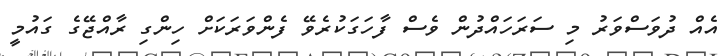
އެއް ދުވަސްވަރު މި ސަރަހައްދުން ވެސް ފާހަގަކުރެވޭ ފެންވަރަކަށް ހިންގި ރާއްޖޭގެ ގައުމީ